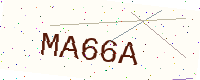
Text: MA66A